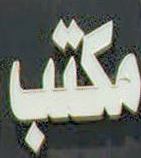
مكتب